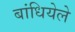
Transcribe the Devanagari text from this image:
बांधियेले